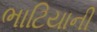
ભાટિયાની